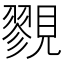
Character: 𧢋